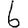
Digit: 6